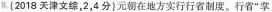
8.(2018天津文综，2，4分)元朝在地方实行行省制度。行省”掌